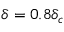
\delta = 0 . 8 \delta _ { c }